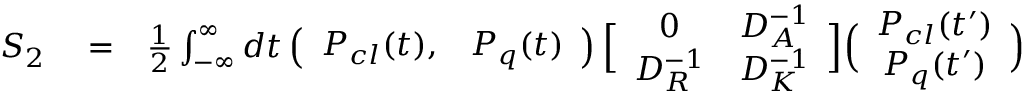
\begin{array} { r l r } { { \cal S } _ { 2 } } & { { } = } & { \frac { 1 } { 2 } \int _ { - \infty } ^ { \infty } { d t } \left( { \begin{array} { c c } { P _ { c l } ( t ) , } & { P _ { q } ( t ) } \end{array} } \right) \Bigl [ { \begin{array} { c c } { 0 } & { D _ { A } ^ { - 1 } } \\ { D _ { R } ^ { - 1 } } & { D _ { K } ^ { - 1 } } \end{array} } \Bigr ] \Big ( { \begin{array} { c } { P _ { c l } ( t ^ { \prime } ) } \\ { P _ { q } ( t ^ { \prime } ) } \end{array} } \Big ) } \end{array}